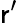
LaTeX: \mathsf{r}^{\prime}